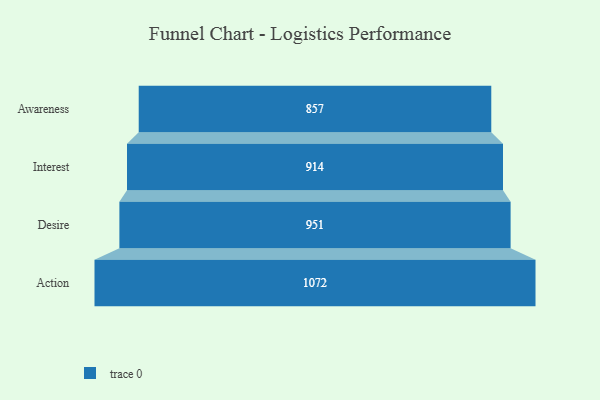
{"axis": {"x": "Stage", "y": "Value"}, "legend": [""], "data": [{"x": "Awareness", "y": 857.0, "type": ""}, {"x": "Interest", "y": 914.0, "type": ""}, {"x": "Desire", "y": 951.0, "type": ""}, {"x": "Action", "y": 1072.0, "type": ""}]}